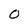
Character: O